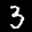
Label: 3